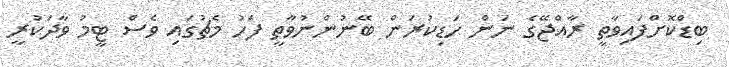
ބިޑްކޮށްފައިވާތީ ރާއްޖޭގެ ނަން ހަޑިކުރަން ބޭނުންނުވާތީ ފަހު މެޗުގައި ވެސް ޓީމު ވާދަކުރީ